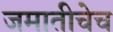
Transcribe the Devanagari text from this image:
जमातीचेच